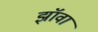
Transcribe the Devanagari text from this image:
झॉवा